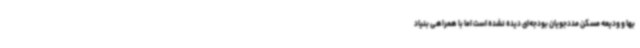
بها و ودیعه مسکن مددجویان بودجه‌ای دیده نشده است اما با همراهی بنیاد